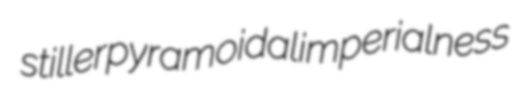
stiller pyramoidal imperialness